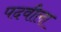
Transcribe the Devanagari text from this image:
पदवीला